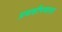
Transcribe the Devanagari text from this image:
प्रवाहीपणाला